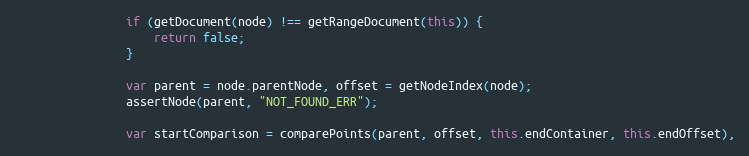
Language: JavaScript
                if (getDocument(node) !== getRangeDocument(this)) {
                    return false;
                }

                var parent = node.parentNode, offset = getNodeIndex(node);
                assertNode(parent, "NOT_FOUND_ERR");

                var startComparison = comparePoints(parent, offset, this.endContainer, this.endOffset),